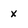
Character: x